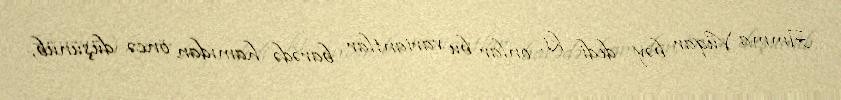
Amma Vüqar bəy dedi ki, onlar bu variantlar barədə hamıdan öncə düşünüb,